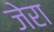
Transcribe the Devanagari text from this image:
जेरा